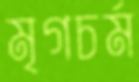
মৃগচর্ম